Indian journal of veterinary science and animal husbandry - Volume 8,
Year: 1938
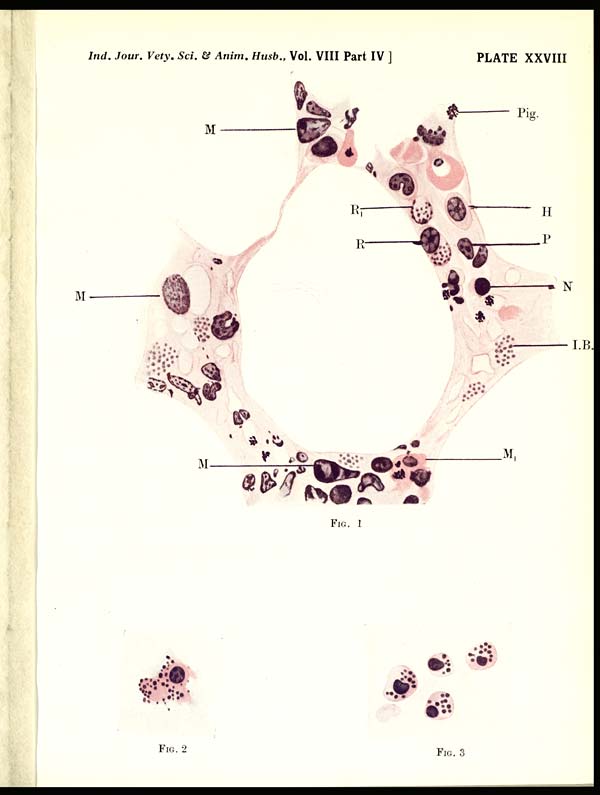
Ind, Jour. Vety. Sci. & Anim. Husb., Vol. VIII Part IV ]
PLATE XXVIII
FIG. 1
FIG. 2
FIG. 3